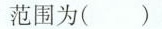
范围为()